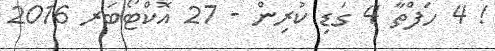
! 4 ހަފްތާ 4 ގަޑި ކުރިން - 27 އޮކްޓޯބަރ 2016